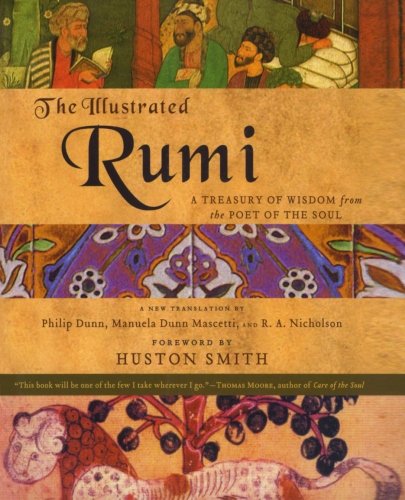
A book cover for The Illustrated Rumi: A Treasury of Wisdom from the Poet of the Soul; Philip Dunn; Religion & Spirituality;